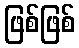
ဖြစ်ဖြစ်